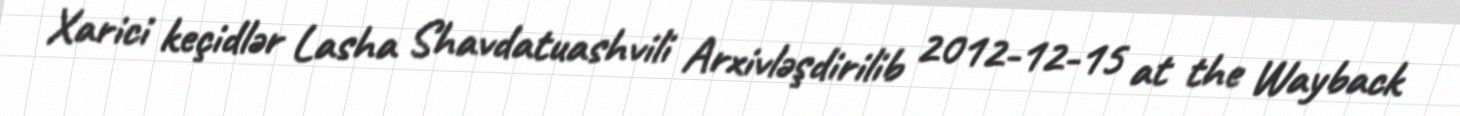
Xarici keçidlər Lasha Shavdatuashvili Arxivləşdirilib 2012-12-15 at the Wayback